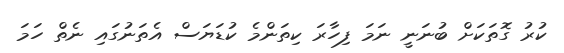
ކުރު ގޮތަކަށް ބުނަނީ ނަމަ ފިހާރަ ކިތަންމެ ކުޑަޔަސް އެތަނުގައި ނެތް ހަމަ